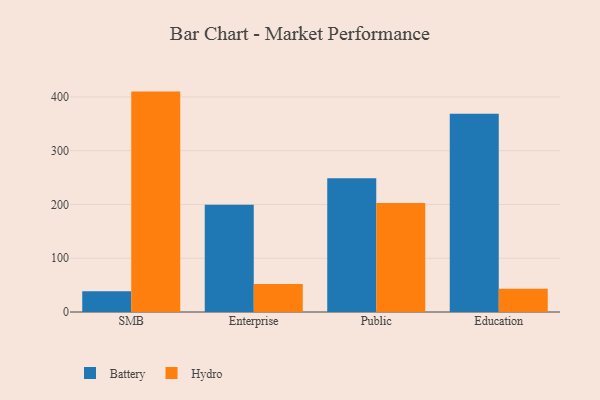
{"axis": {"x": "Segment", "y": "Demand Index"}, "legend": ["Battery", "Hydro"], "data": [{"x": "SMB", "y": 38.4, "type": "Battery"}, {"x": "SMB", "y": 410.0, "type": "Hydro"}, {"x": "Enterprise", "y": 199.6, "type": "Battery"}, {"x": "Enterprise", "y": 52.3, "type": "Hydro"}, {"x": "Public", "y": 249.0, "type": "Battery"}, {"x": "Public", "y": 202.8, "type": "Hydro"}, {"x": "Education", "y": 369.0, "type": "Battery"}, {"x": "Education", "y": 43.4, "type": "Hydro"}]}